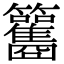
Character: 𥸑